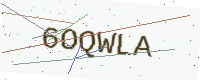
Text: 6OQWLA